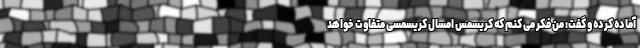
آماده کرده و گفت: من فکر می کنم که کریسمس امسال کریسمسی متفاوت خواهد